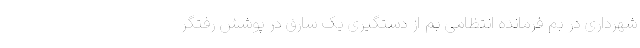
شهرداری در بم فرمانده انتظامی بم از دستگیری یک سارق در پوشش رُفتگر